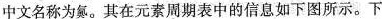
中文名称为氮。其在元素周期表中的信息如下图所示。下